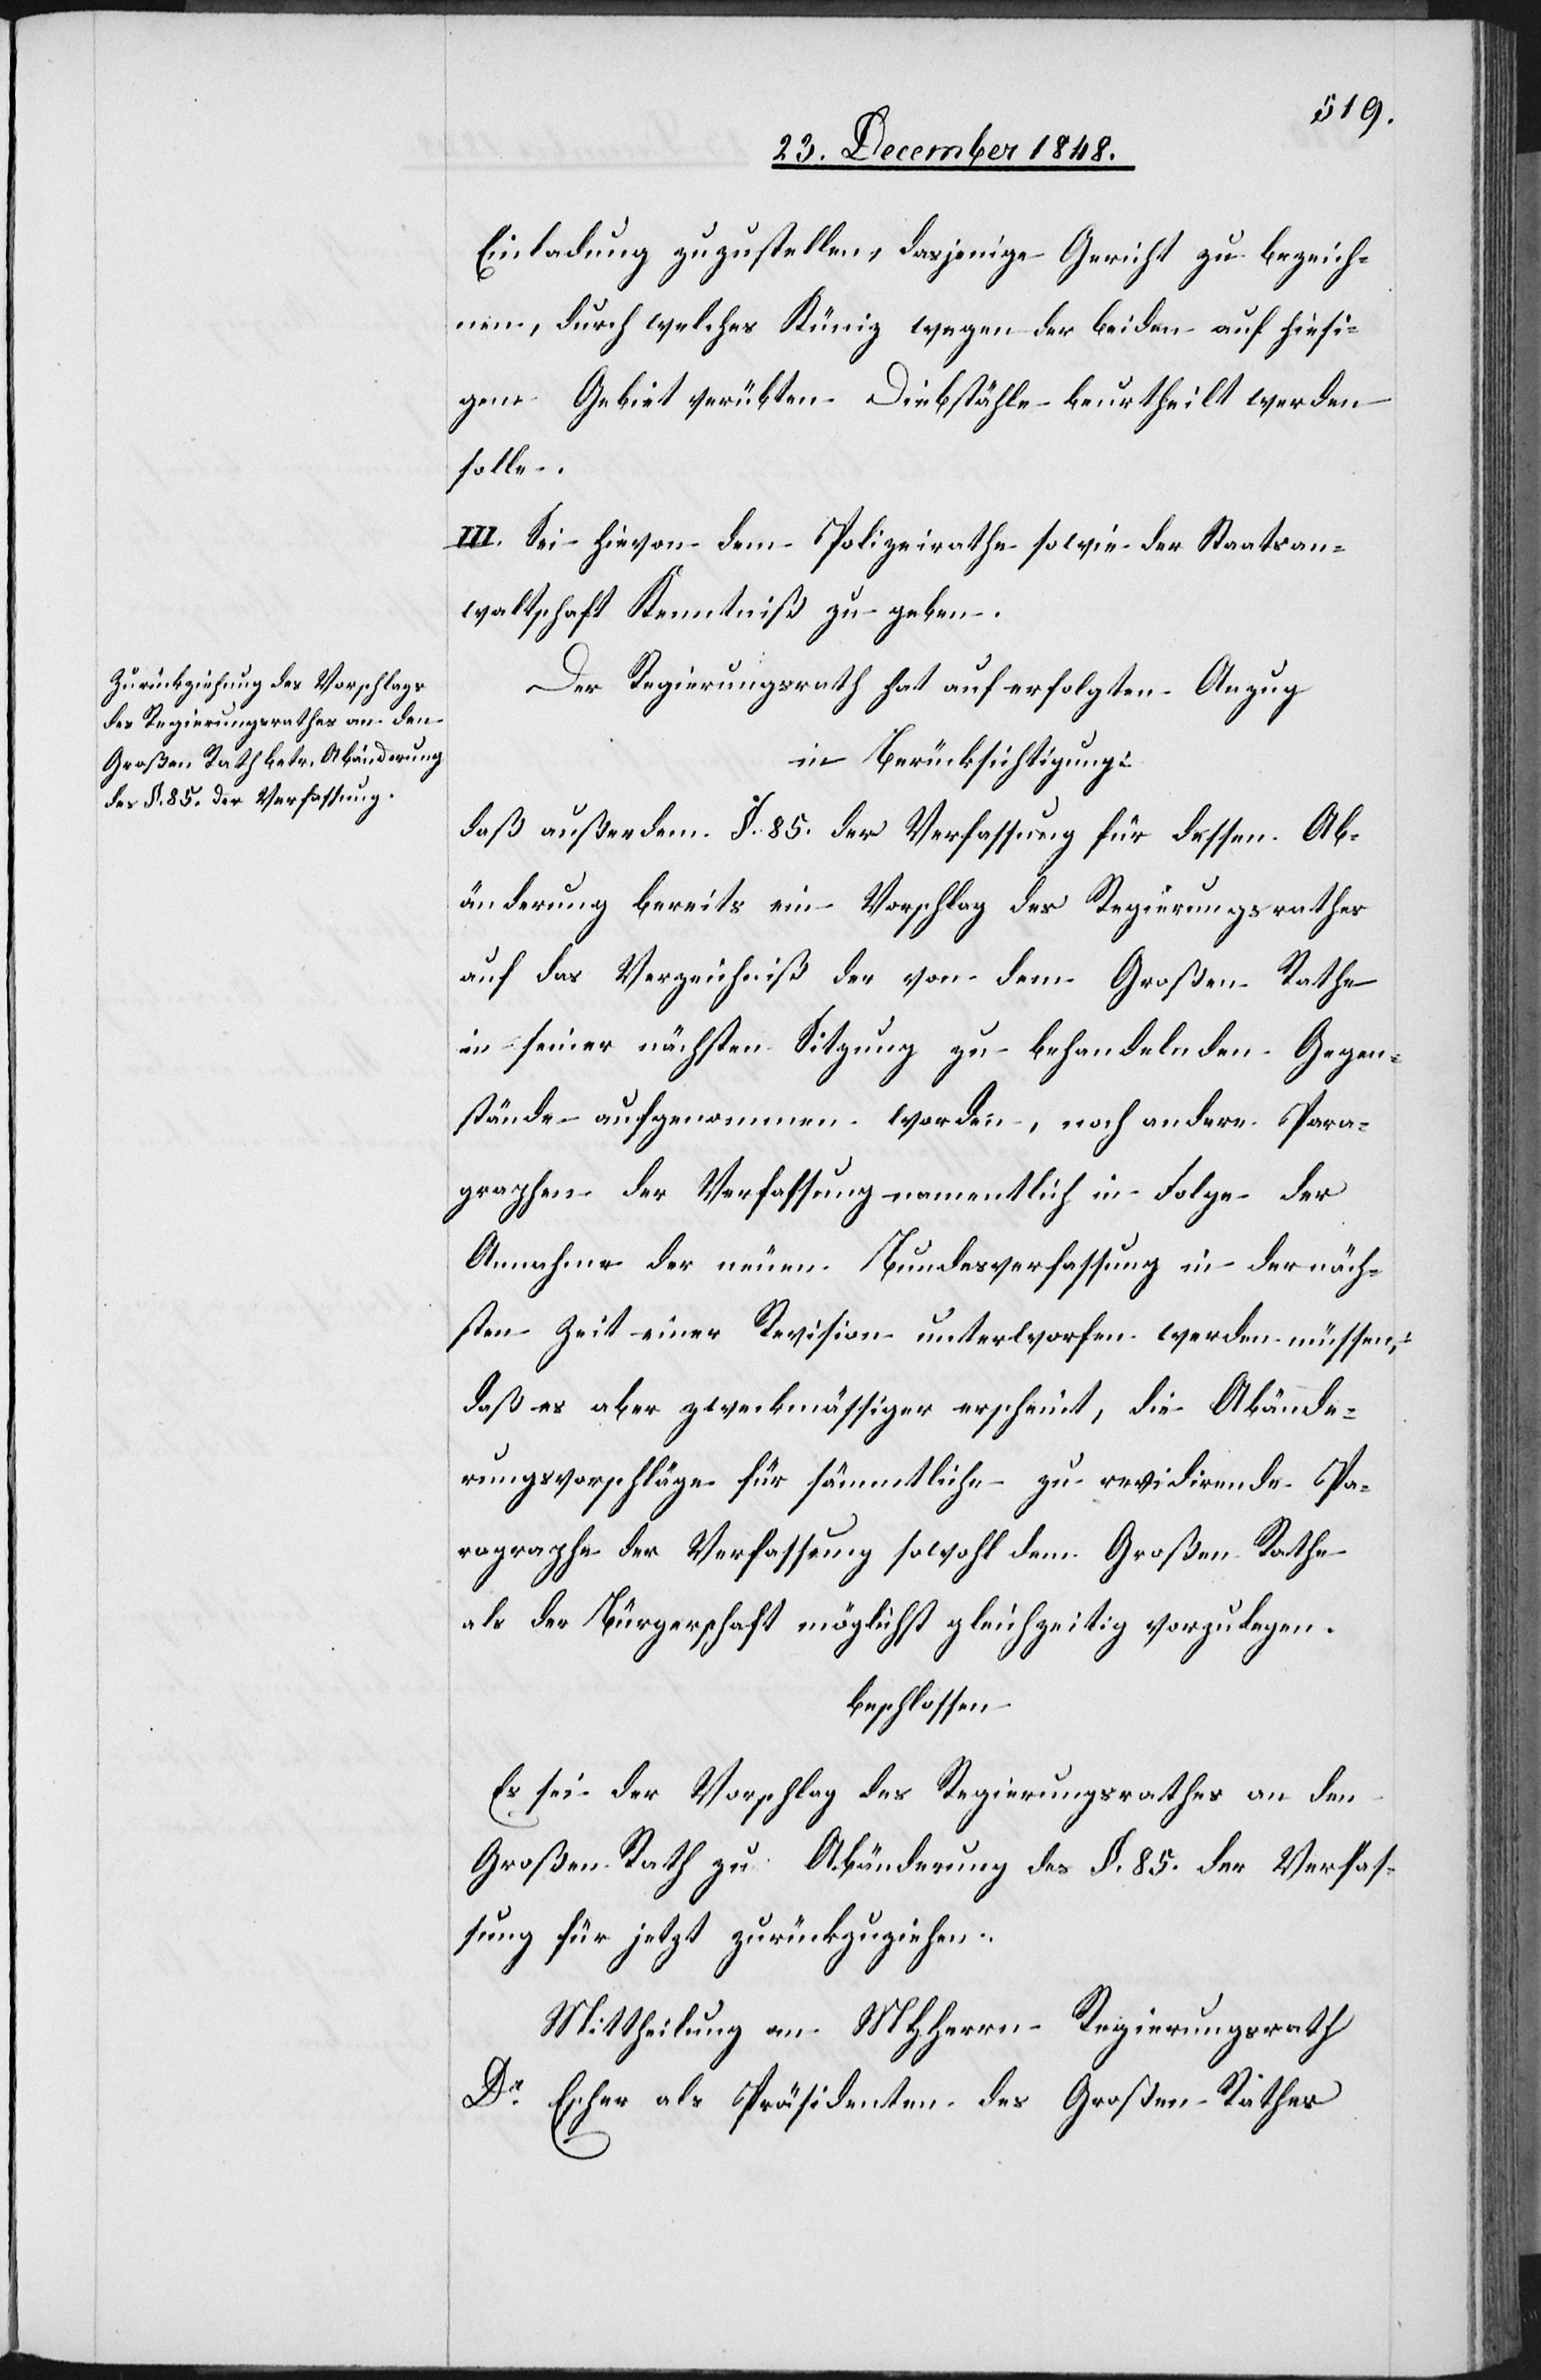
Einladung zuzustellen, dasjenige Gericht zu bezeich¬
nen, durch welches Küniz wegen der beiden auf hiesi¬
gem Gebiet verübten Diebstähle beurtheilt werden
solle.
III. Sei hievon dem Polizeirathe sowie der Staatsan¬
waltschaft Kenntniß zu geben.
Der Regierungsrath hat auf erfolgten Anzug
in Berücksichtigung:
daß außerdem §. 85. der Verfassung für dessen Ab¬
änderung bereits ein Vorschlag des Regierungsrathes
auf das Verzeichniß der von dem Großen Rathe
in seiner nächsten Sitzung zu behandelnden Gegen¬
stände aufgenommen worden, noch andere Para¬
graphen der Verfassung namentlich in Folge der
Annahme der neuen Bundesverfassung in der näch¬
sten Zeit einer Revision unterworfen werden müssen,
daß es aber zweckmässiger erscheint, die Abände¬
rungsvorschläge für sämmtliche zu revidirende Pa¬
ragraphe der Verfassung sowohl dem Großen Rathe
als der Bürgerschaft möglichst gleichzeitig vorzulegen
beschlossen
Es sei der Vorschlag des Regierungsrathes an den
Großen Rath zu Abänderung des §. 85. der Verfas¬
sung für jetzt zurückzuziehen.
Mittheilung an MHHerrn Regierungsrath
Dr Escher als Präsidenten des Großen Rathes